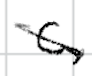
Text: C,
Cross-out: diagonal
Writing tool: digital_black